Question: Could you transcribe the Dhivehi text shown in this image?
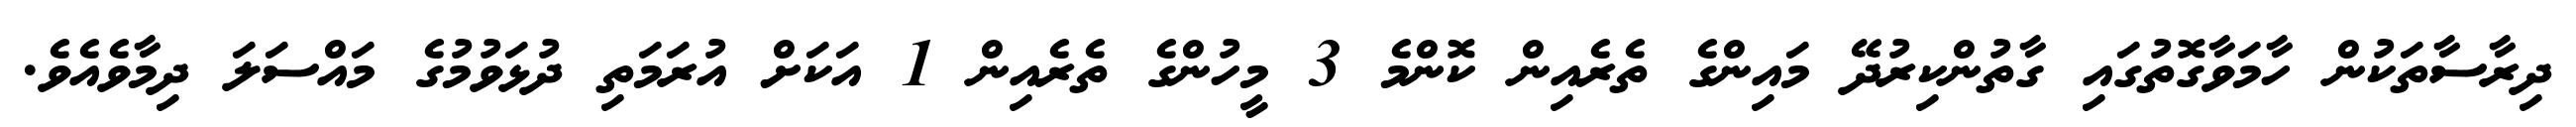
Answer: ދިރާސާތަކުން ހާމަވާގޮތުގައި ގާތުންކިރުދޭ މައިންގެ ތެރެއިން ކޮންމެ 3 މީހުންގެ ތެރެއިން 1 އަކަށް އުރަމަތި ދުޅަވުމުގެ މައްސަލަ ދިމާވެއެވެ.